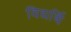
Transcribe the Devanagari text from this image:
विद्यर्थि